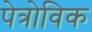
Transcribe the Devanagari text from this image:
पेत्रोविक